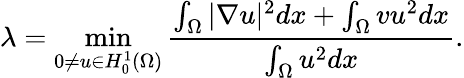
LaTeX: \lambda=\operatorname*{min}_{0\neq u\in H_{0}^{1}(\Omega)}\frac{\int_{\Omega}|\nabla u|^{2}dx+\int_{\Omega}vu^{2}dx}{\int_{\Omega}u^{2}dx}.